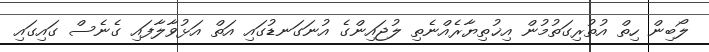
ލޯބިން ހިތް އުތުރިގަތުމުން އިޚުތިޔާރެއްނެތި ލުޖައިންގެ އުނަގަނޑުގައި އަތް އަޅުވާލާފައި ގެނެސް ގައިގައި